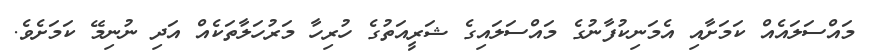
މައްސަލައެއް ކަމަށާއި އެމަނިކުފާނުގެ މައްސަލައިގެ ޝަރީއަތުގެ ހުރިހާ މަރުހަލާތަކެއް އަދި ނުނިމޭ ކަމަށެވެ.